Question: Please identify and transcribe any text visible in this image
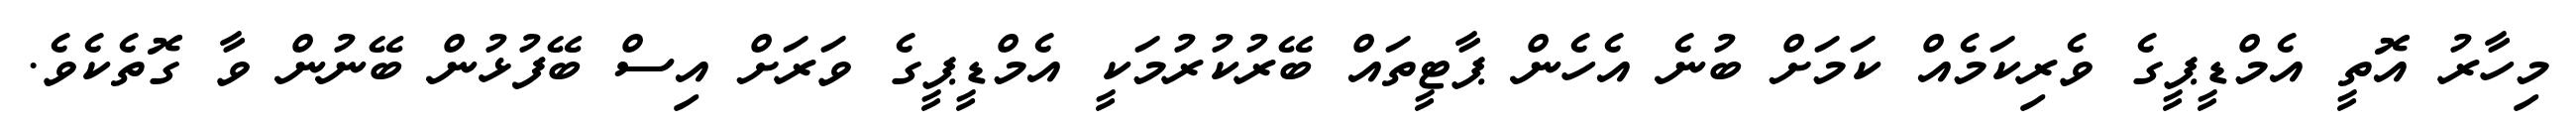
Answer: މިހާރު އޮތީ އެމްޑީޕީގެ ވެރިކަމެއް ކަމަށް ބުނެ އެހެން ޕާޓީތައް ބޭރުކުރުމަކީ އެމްޑީޕީގެ ވަރަށް އިސް ބޭފުޅުން ބޭނުން ވާ ގޮތެކެވެ.